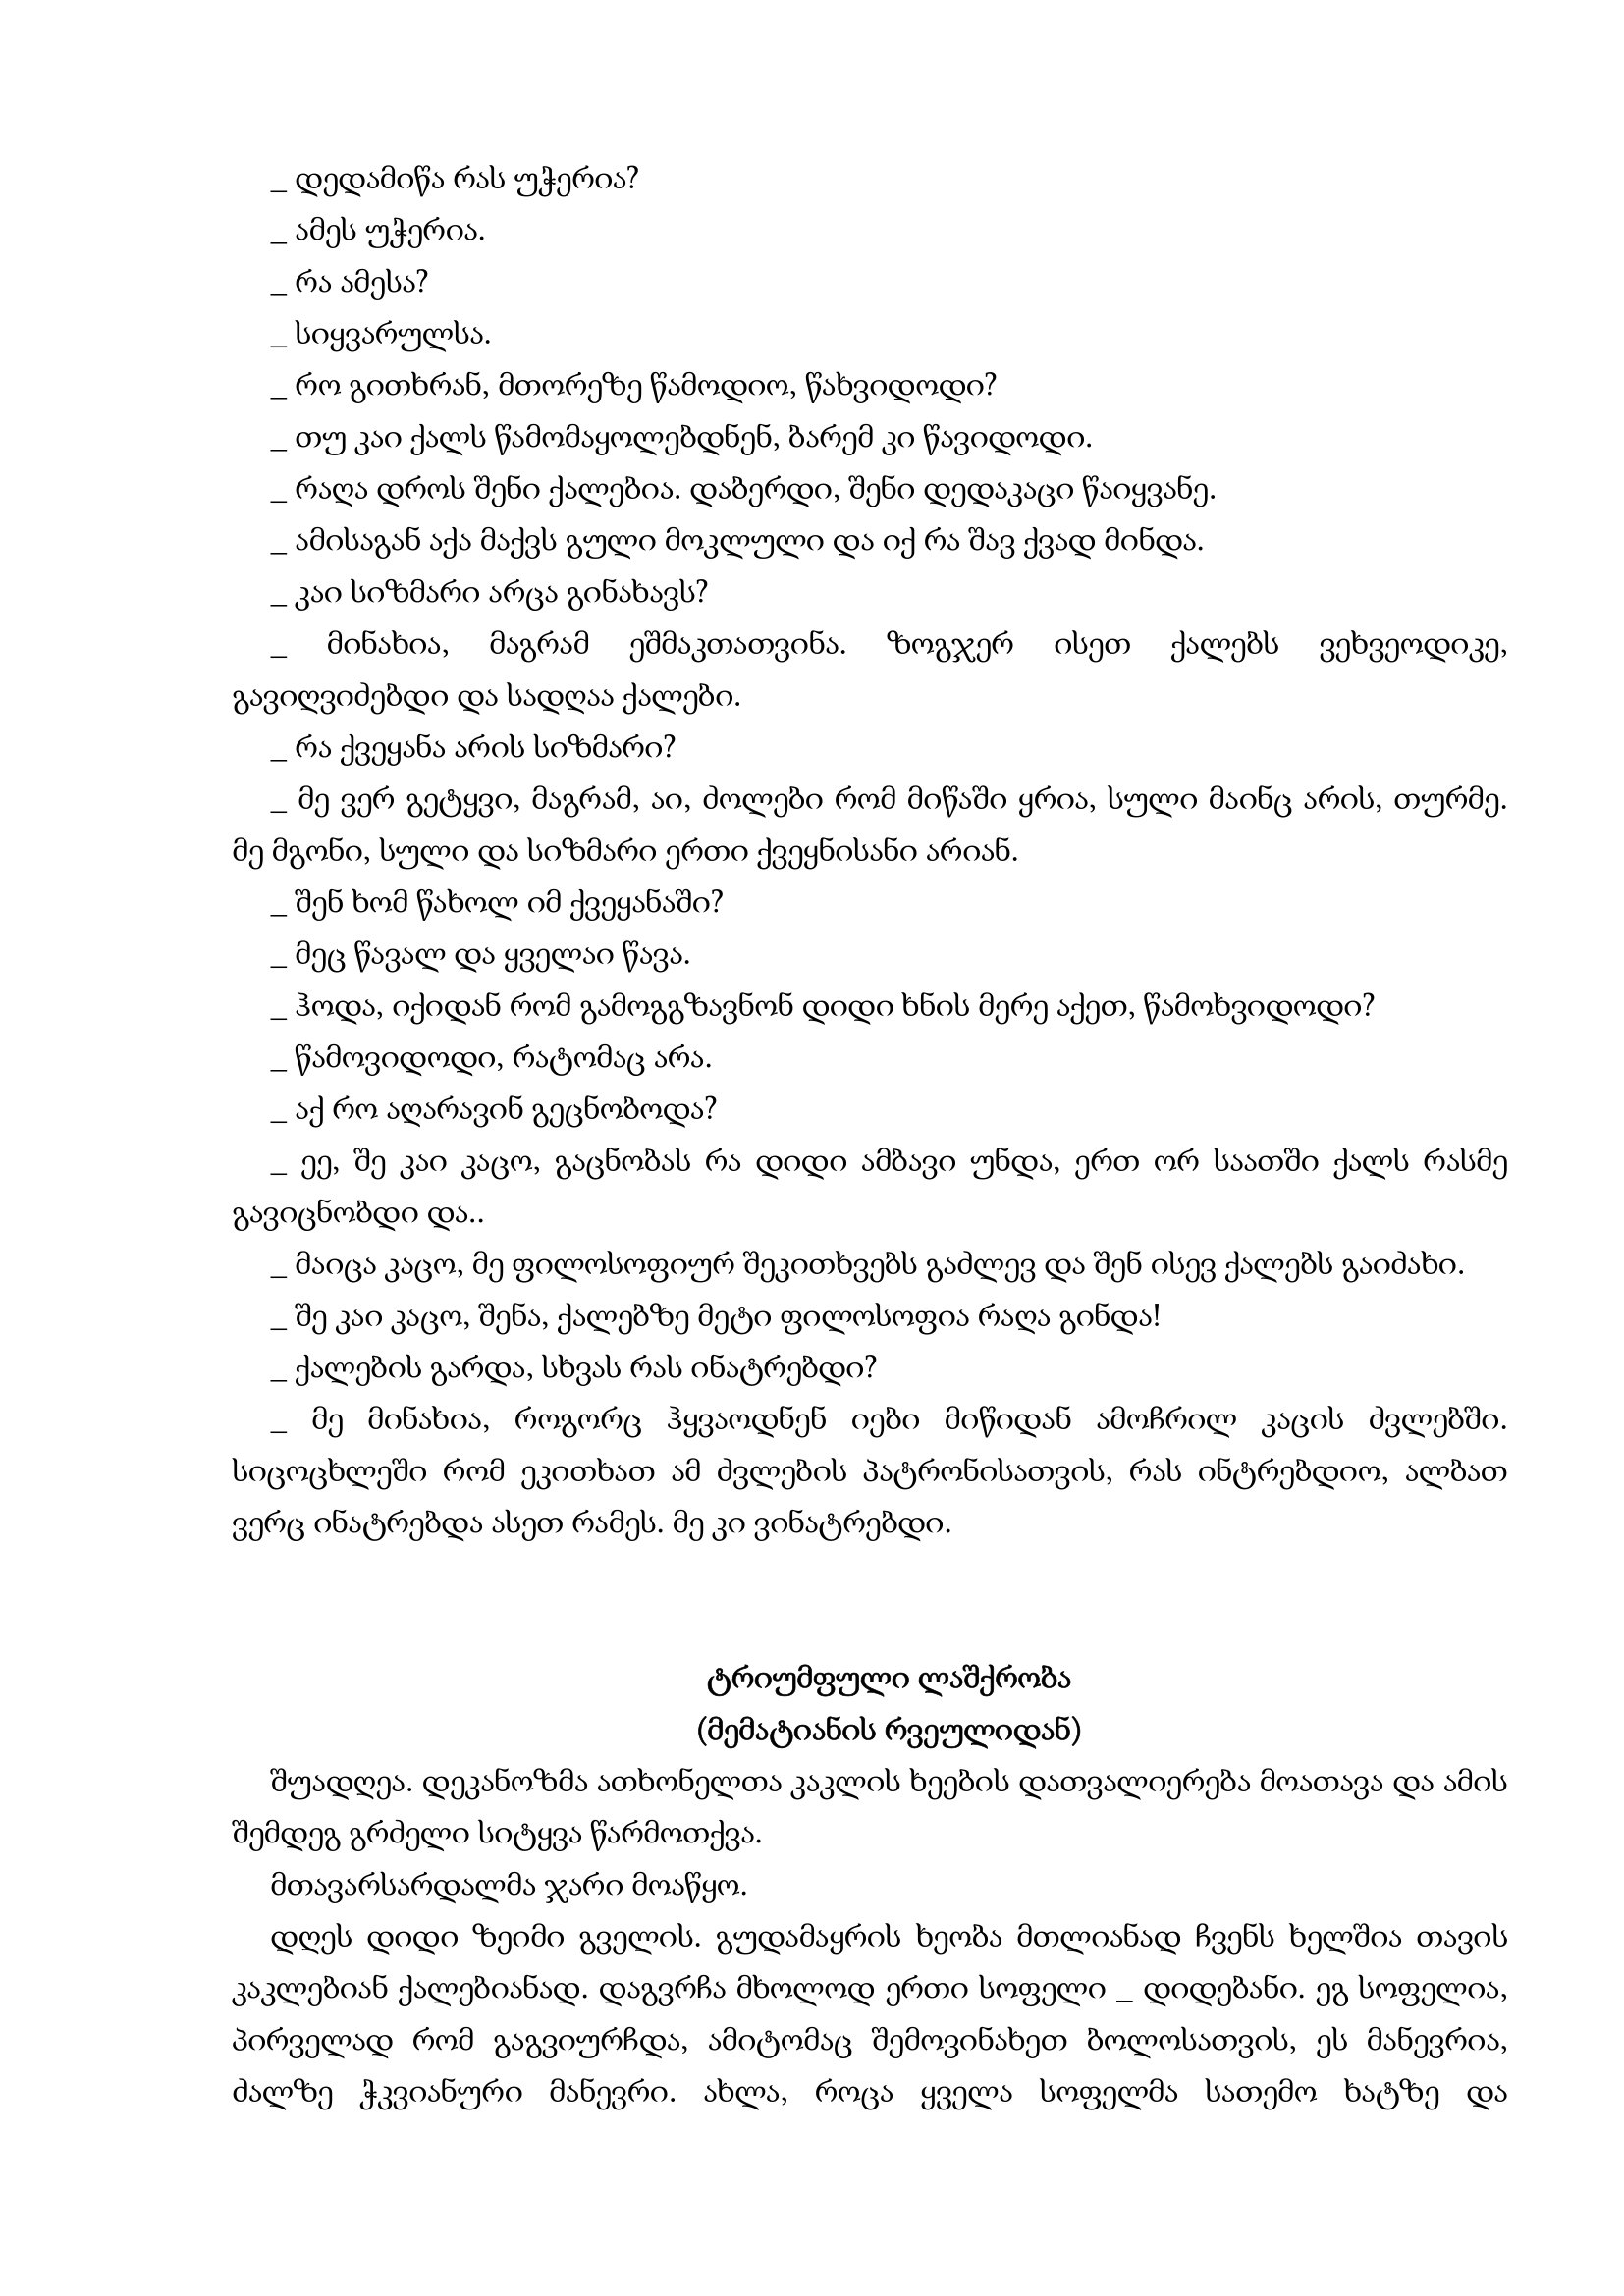
Language: gr